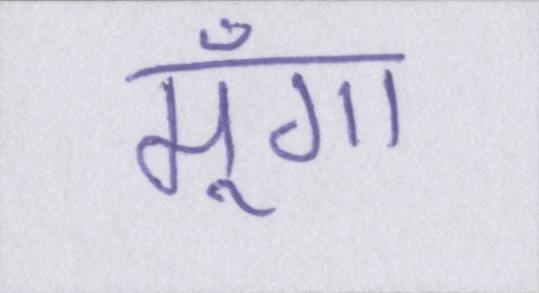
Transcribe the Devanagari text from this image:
मूँगा